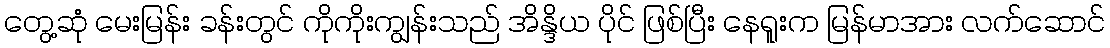
တွေ့ဆုံ မေးမြန်း ခန်းတွင် ကိုကိုးကျွန်းသည် အိန္ဒိယ ပိုင် ဖြစ်ပြီး နေရူးက မြန်မာအား လက်ဆောင်